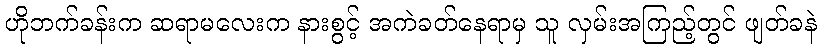
ဟိုဘက်ခန်းက ဆရာမလေးက နားစွင့် အကဲခတ်နေရာမှ သူ လှမ်းအကြည့်တွင် ဖျတ်ခနဲ